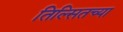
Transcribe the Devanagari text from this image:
तिल्सितच्या